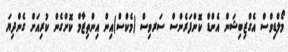
މޯލްޑިވްސް އެގްޒިބިޝަން އެންޑް ކޮންފަރެންސް ސަރވިސް (މެކްސް)އިން އިންތިޒާމް ކޮށްގެން ކުރިއަށް ގެންދިޔަ